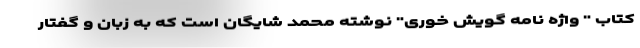
کتاب " واژه نامه گویش خوری" نوشته محمد شایگان است که به زبان و گفتار